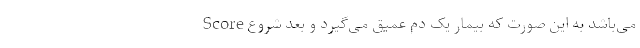
Score می‌باشد به این صورت که بیمار یک دم عمیق می‌گیرد و بعد شروع